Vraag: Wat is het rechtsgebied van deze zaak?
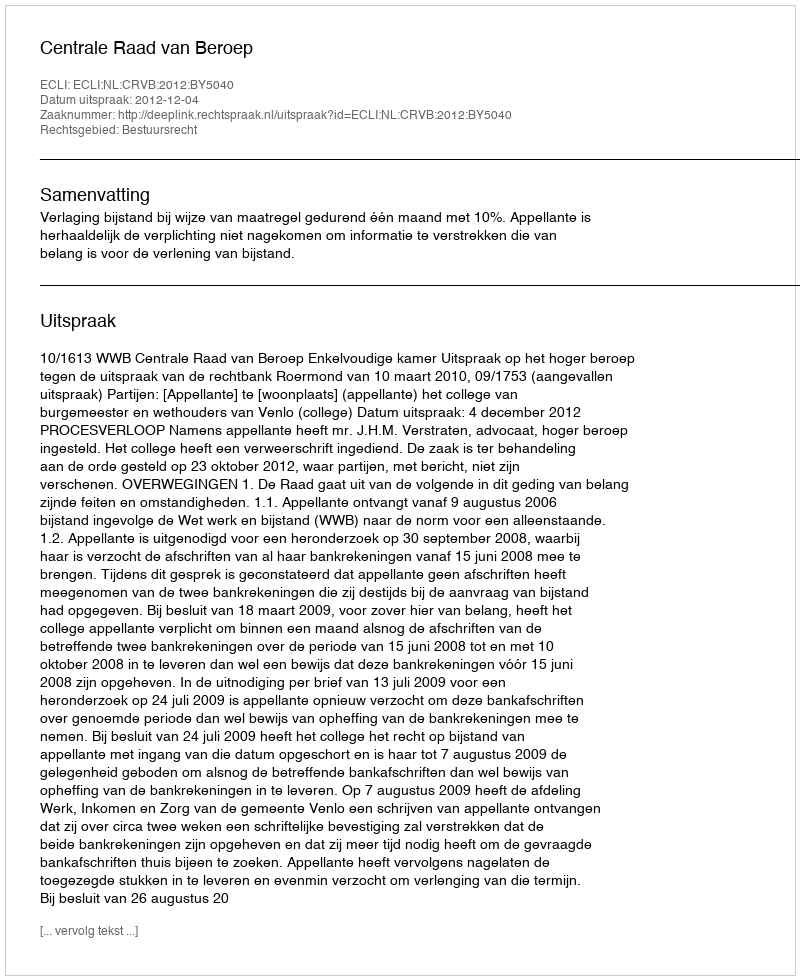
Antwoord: Bestuursrecht